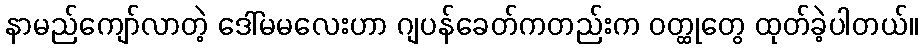
နာမည်ကျော်လာတဲ့ ဒေါ်မမလေးဟာ ဂျပန်ခေတ်ကတည်းက ဝတ္ထုတွေ ထုတ်ခဲ့ပါတယ်။